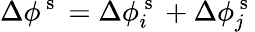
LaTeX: \Delta\phi^{\mathrm{~s~}}=\Delta\phi_{i}^{\mathrm{~s~}}+\Delta\phi_{j}^{\mathrm{~s~}}